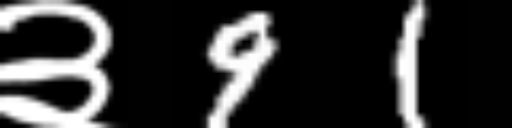
Text: ३91